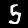
Digit: 5